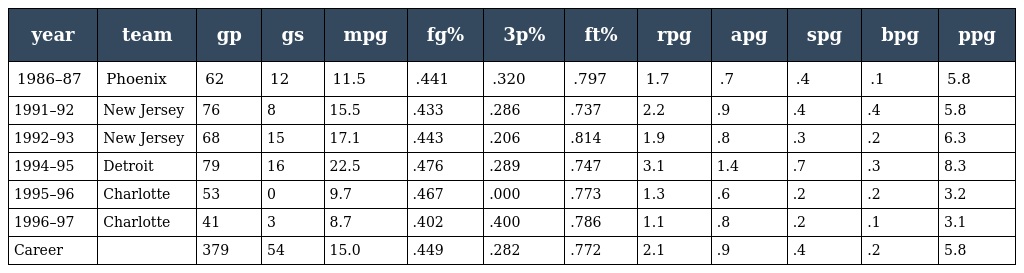
| year | team | gp | gs | mpg | fg% | 3p% | ft% | rpg | apg | spg | bpg | ppg |
 | --- | --- | --- | --- | --- | --- | --- | --- | --- | --- | --- | --- | --- |
 | 1986–87 | Phoenix | 62 | 12 | 11.5 | .441 | .320 | .797 | 1.7 | .7 | .4 | .1 | 5.8 |
 | 1991–92 | New Jersey | 76 | 8 | 15.5 | .433 | .286 | .737 | 2.2 | .9 | .4 | .4 | 5.8 |
 | 1992–93 | New Jersey | 68 | 15 | 17.1 | .443 | .206 | .814 | 1.9 | .8 | .3 | .2 | 6.3 |
 | 1994–95 | Detroit | 79 | 16 | 22.5 | .476 | .289 | .747 | 3.1 | 1.4 | .7 | .3 | 8.3 |
 | 1995–96 | Charlotte | 53 | 0 | 9.7 | .467 | .000 | .773 | 1.3 | .6 | .2 | .2 | 3.2 |
 | 1996–97 | Charlotte | 41 | 3 | 8.7 | .402 | .400 | .786 | 1.1 | .8 | .2 | .1 | 3.1 |
 | Career |  | 379 | 54 | 15.0 | .449 | .282 | .772 | 2.1 | .9 | .4 | .2 | 5.8 |